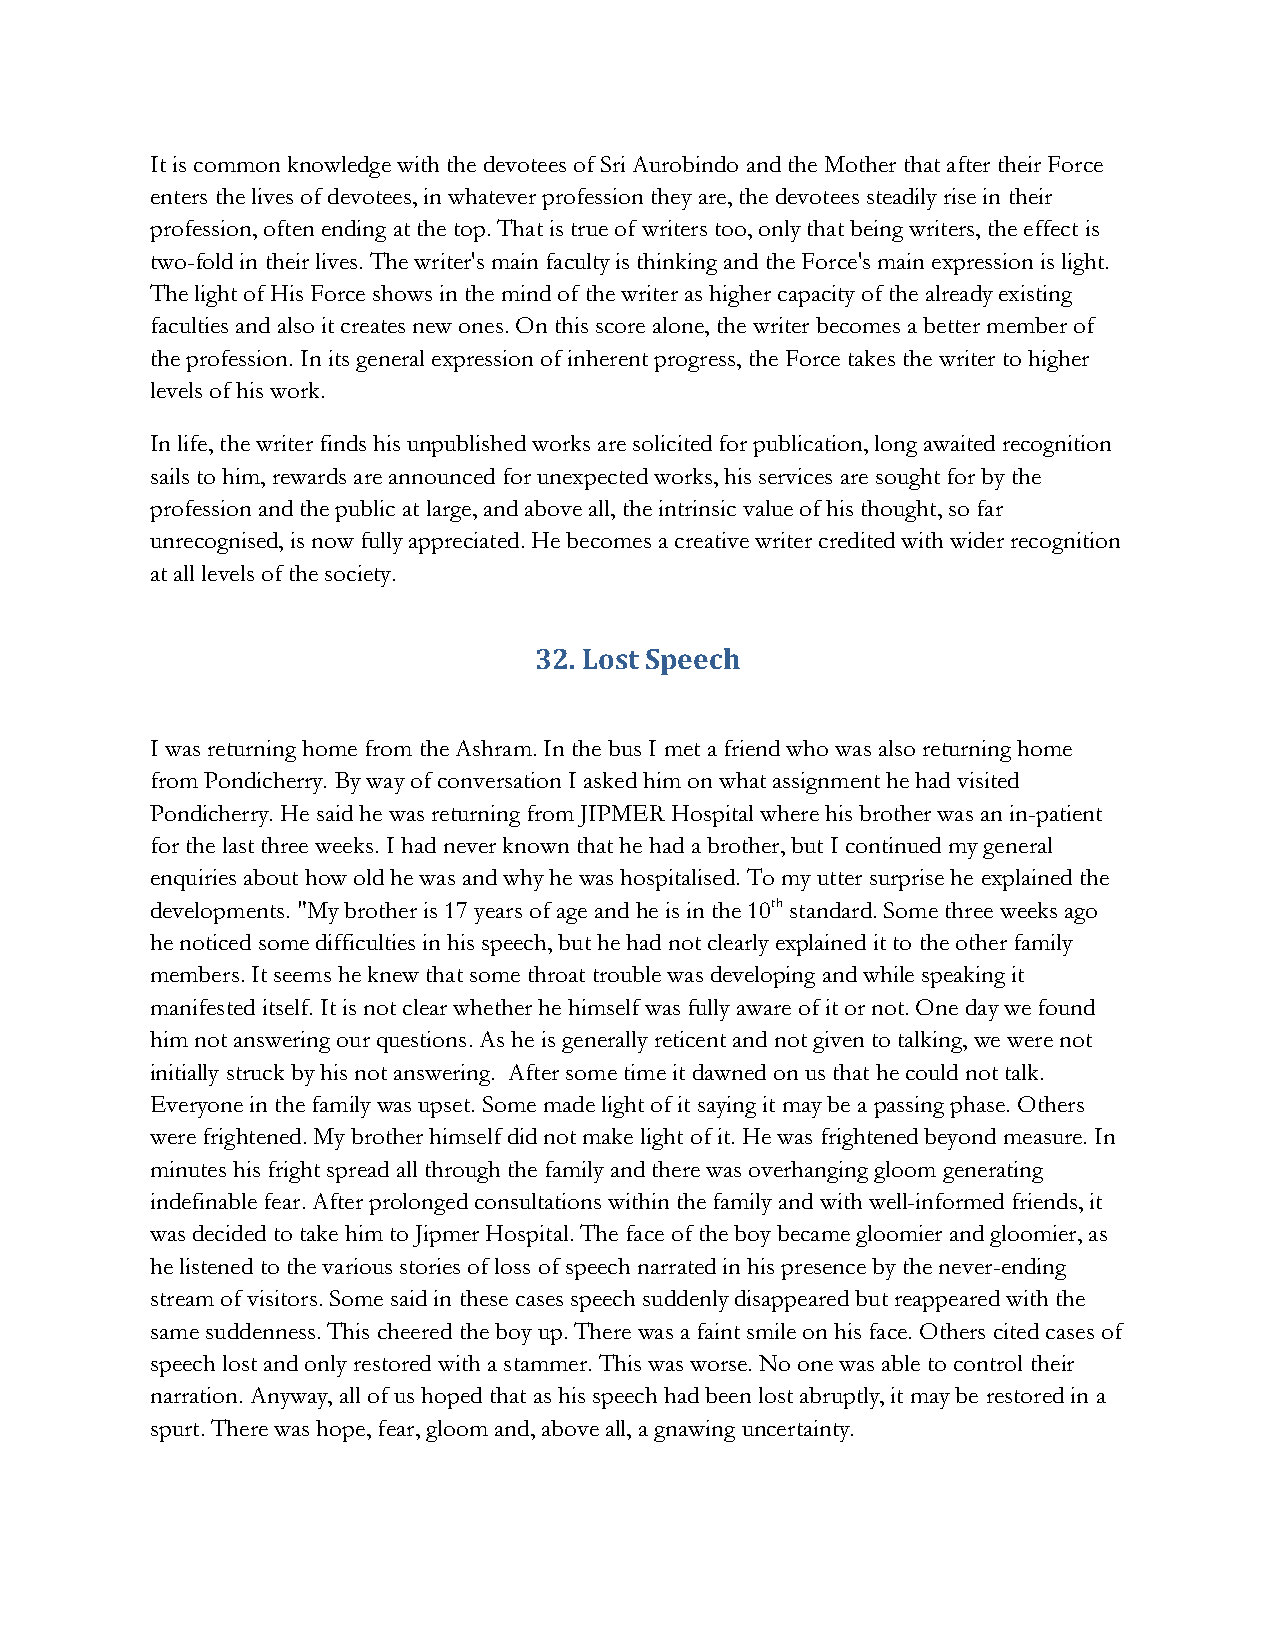
It is common knowledge with the devotees of Sri Aurobindo and the Mother that after their Force
 enters the lives of devotees, in whatever profession they are, the devotees steadily rise in their
 profession, often ending at the top. That is true of writers too, only that being writers, the effect is
 two-fold in their lives. The writer's main faculty is thinking and the Force's main expression is light.
 The light of His Force shows in the mind of the writer as higher capacity of the already existing
 faculties and also it creates new ones. On this score alone, the writer becomes a better member of
 the profession. In its general expression of inherent progress, the Force takes the writer to higher
 levels of his work.
 In life, the writer finds his unpublished works are solicited for publication, long awaited recognition
 sails to him, rewards are announced for unexpected works, his services are sought for by the
 profession and the public at large, and above all, the intrinsic value of his thought, so far
 unrecognised, is now fully appreciated. He becomes a creative writer credited with wider recognition
 at all levels of the society.
 32. Lost Speech
 I was returning home from the Ashram. In the bus I met a friend who was also returning home
 from Pondicherry. By way of conversation I asked him on what assignment he had visited
 Pondicherry. He said he was returning from JIPMER Hospital where his brother was an in-patient
 for the last three weeks. I had never known that he had a brother, but I continued my general
 enquiries about how old he was and why he was hospitalised. To my utter surprise he explained the
 developments. "My brother is 17 years of age and he is in the 10th standard. Some three weeks ago
 he noticed some difficulties in his speech, but he had not clearly explained it to the other family
 members. It seems he knew that some throat trouble was developing and while speaking it
 manifested itself. It is not clear whether he himself was fully aware of it or not. One day we found
 him not answering our questions. As he is generally reticent and not given to talking, we were not
 initially struck by his not answering. After some time it dawned on us that he could not talk.
 Everyone in the family was upset. Some made light of it saying it may be a passing phase. Others
 were frightened. My brother himself did not make light of it. He was frightened beyond measure. In
 minutes his fright spread all through the family and there was overhanging gloom generating
 indefinable fear. After prolonged consultations within the family and with well-informed friends, it
 was decided to take him to Jipmer Hospital. The face of the boy became gloomier and gloomier, as
 he listened to the various stories of loss of speech narrated in his presence by the never-ending
 stream of visitors. Some said in these cases speech suddenly disappeared but reappeared with the
 same suddenness. This cheered the boy up. There was a faint smile on his face. Others cited cases of
 speech lost and only restored with a stammer. This was worse. No one was able to control their
 narration. Anyway, all of us hoped that as his speech had been lost abruptly, it may be restored in a
 spurt. There was hope, fear, gloom and, above all, a gnawing uncertainty.